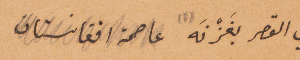
في القصر بغَزْنَه (١) عاصمة افغانساتن